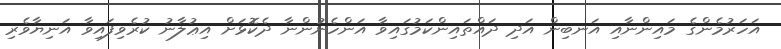
އަހަރުމެންގެ މައިންނާއި އަނބިން އަދި ދައްތައިންކަމުގައިވާ އަންހެނުންނާ ދެކޮޅަށް އިޢުލާނު ކުރެވިފައިވާ އަނިޔާވެރި